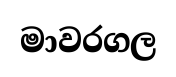
මාවරගල